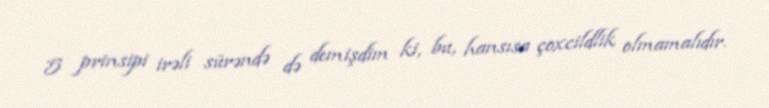
5 prinsipi irəli sürəndə də demişdim ki, bu, hansısa çoxcildlik olmamalıdır.